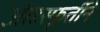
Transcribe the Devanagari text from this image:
अंतःस्फूर्तीने